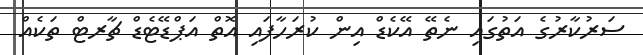
ސަރުކާރުގެ އަތުގައި ނެތޭ އޭކެޑް އިން ކުރަހާފައި އޮތް އަޕްޑޭޓެޑް ޗާރޓް ތަކެއް